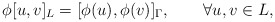
\begin{align*} \phi[u,v]_L=[\phi(u),\phi(v)]_\Gamma,\qquad\forall u,v\in L,\end{align*}